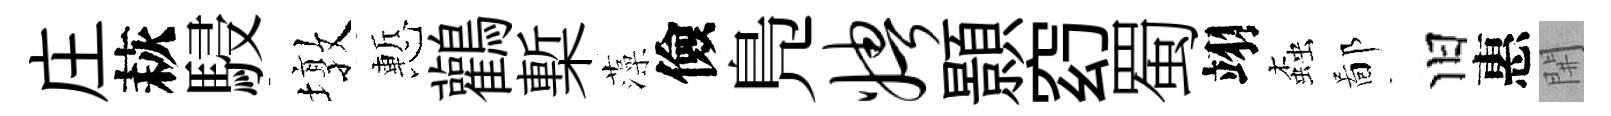
庄萩駸墩慙鸛槧藻儉鳬娉顥𥥆蜀翊螙鄙旧惠𨳩